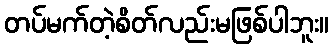
တပ်မက်တဲ့စိတ်လည်းမဖြစ်ပါဘူး။